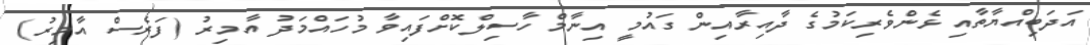
އަދަބިއްޔާތާއި ޅެންވެރިކަމުގެ ދާއިރާއިން ގައުމީ އިނާމް ހާސިލްކޮށްފައިވާ މުހައްމަދު އާމިރު (ފަރެސް އާމިރު)